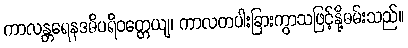
ကာလန္တရေနဒဓိပရိဝတ္တေယျ၊ ကာလတပါးခြားကွာသဖြင့်နို့ဓမ်းသည်။